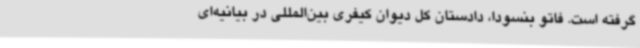
گرفته است. فاتو بنسودا، دادستان کل دیوان کیفری بین‌المللی در بیانیه‌ای